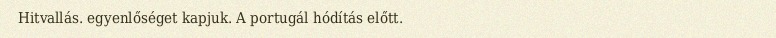
Hitvallás. egyenlőséget kapjuk. A portugál hódítás előtt.